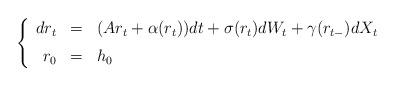
LaTeX: \begin{align*}\left\{\begin{array}{rcl}dr_t & = & (A r_t + \alpha(r_t)) dt + \sigma(r_t) dW_t + \gamma(r_{t-}) dX_t \medskip\\ r_0 & = & h_0\end{array}\right.\end{align*}